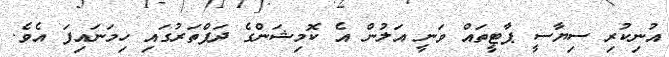
އުނިކުރި ސިޔާސީ ޕާޓީތައް ވަނީ އަލުން އެ ކޮމިޝަންގެ ދަފްތަރުގައި ހިމަނައިފަ އެވެ.